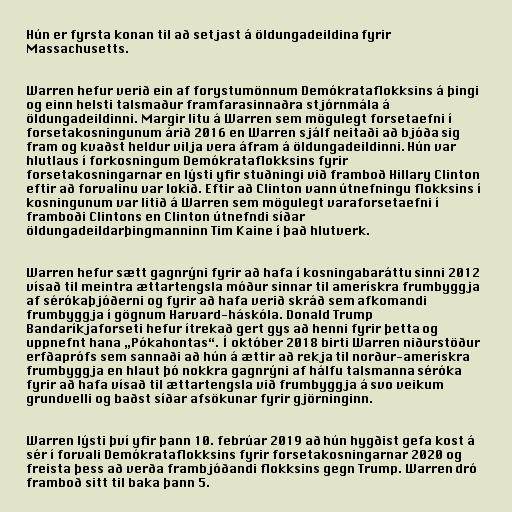
Hún er fyrsta konan til að setjast á öldungadeildina fyrir
Massachusetts.

Warren hefur verið ein af forystumönnum Demókrataflokksins á þingi
og einn helsti talsmaður framfarasinnaðra stjórnmála á
öldungadeildinni. Margir litu á Warren sem mögulegt forsetaefni í
forsetakosningunum árið 2016 en Warren sjálf neitaði að bjóða sig
fram og kvaðst heldur vilja vera áfram á öldungadeildinni. Hún var
hlutlaus í forkosningum Demókrataflokksins fyrir
forsetakosningarnar en lýsti yfir stuðningi við framboð Hillary Clinton
eftir að forvalinu var lokið. Eftir að Clinton vann útnefningu flokksins í
kosningunum var litið á Warren sem mögulegt varaforsetaefni í
framboði Clintons en Clinton útnefndi síðar
öldungadeildarþingmanninn Tim Kaine í það hlutverk.

Warren hefur sætt gagnrýni fyrir að hafa í kosningabaráttu sinni 2012
vísað til meintra ættartengsla móður sinnar til amerískra frumbyggja
af sérókaþjóðerni og fyrir að hafa verið skráð sem afkomandi
frumbyggja í gögnum Harvard-háskóla. Donald Trump
Bandaríkjaforseti hefur ítrekað gert gys að henni fyrir þetta og
uppnefnt hana „Pókahontas“. Í október 2018 birti Warren niðurstöður
erfðaprófs sem sannaði að hún á ættir að rekja til norður-amerískra
frumbyggja en hlaut þó nokkra gagnrýni af hálfu talsmanna séróka
fyrir að hafa vísað til ættartengsla við frumbyggja á svo veikum
grundvelli og baðst síðar afsökunar fyrir gjörninginn.

Warren lýsti því yfir þann 10. febrúar 2019 að hún hygðist gefa kost á
sér í forvali Demókrataflokksins fyrir forsetakosningarnar 2020 og
freista þess að verða frambjóðandi flokksins gegn Trump. Warren dró
framboð sitt til baka þann 5.